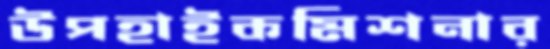
উপহাইকমিশনার